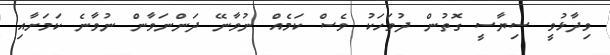
ވިދާޅުވީ ސިޔާސީ ގޮތުން ދުވަހަކު ވެސް ކަމެއް ނުވާނޭ ދަންނަވާން ނުވާނެ ކަމަށާއި